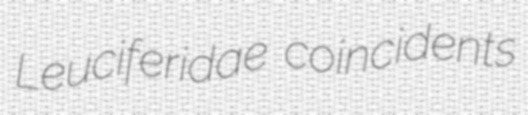
Leuciferidae coincidents